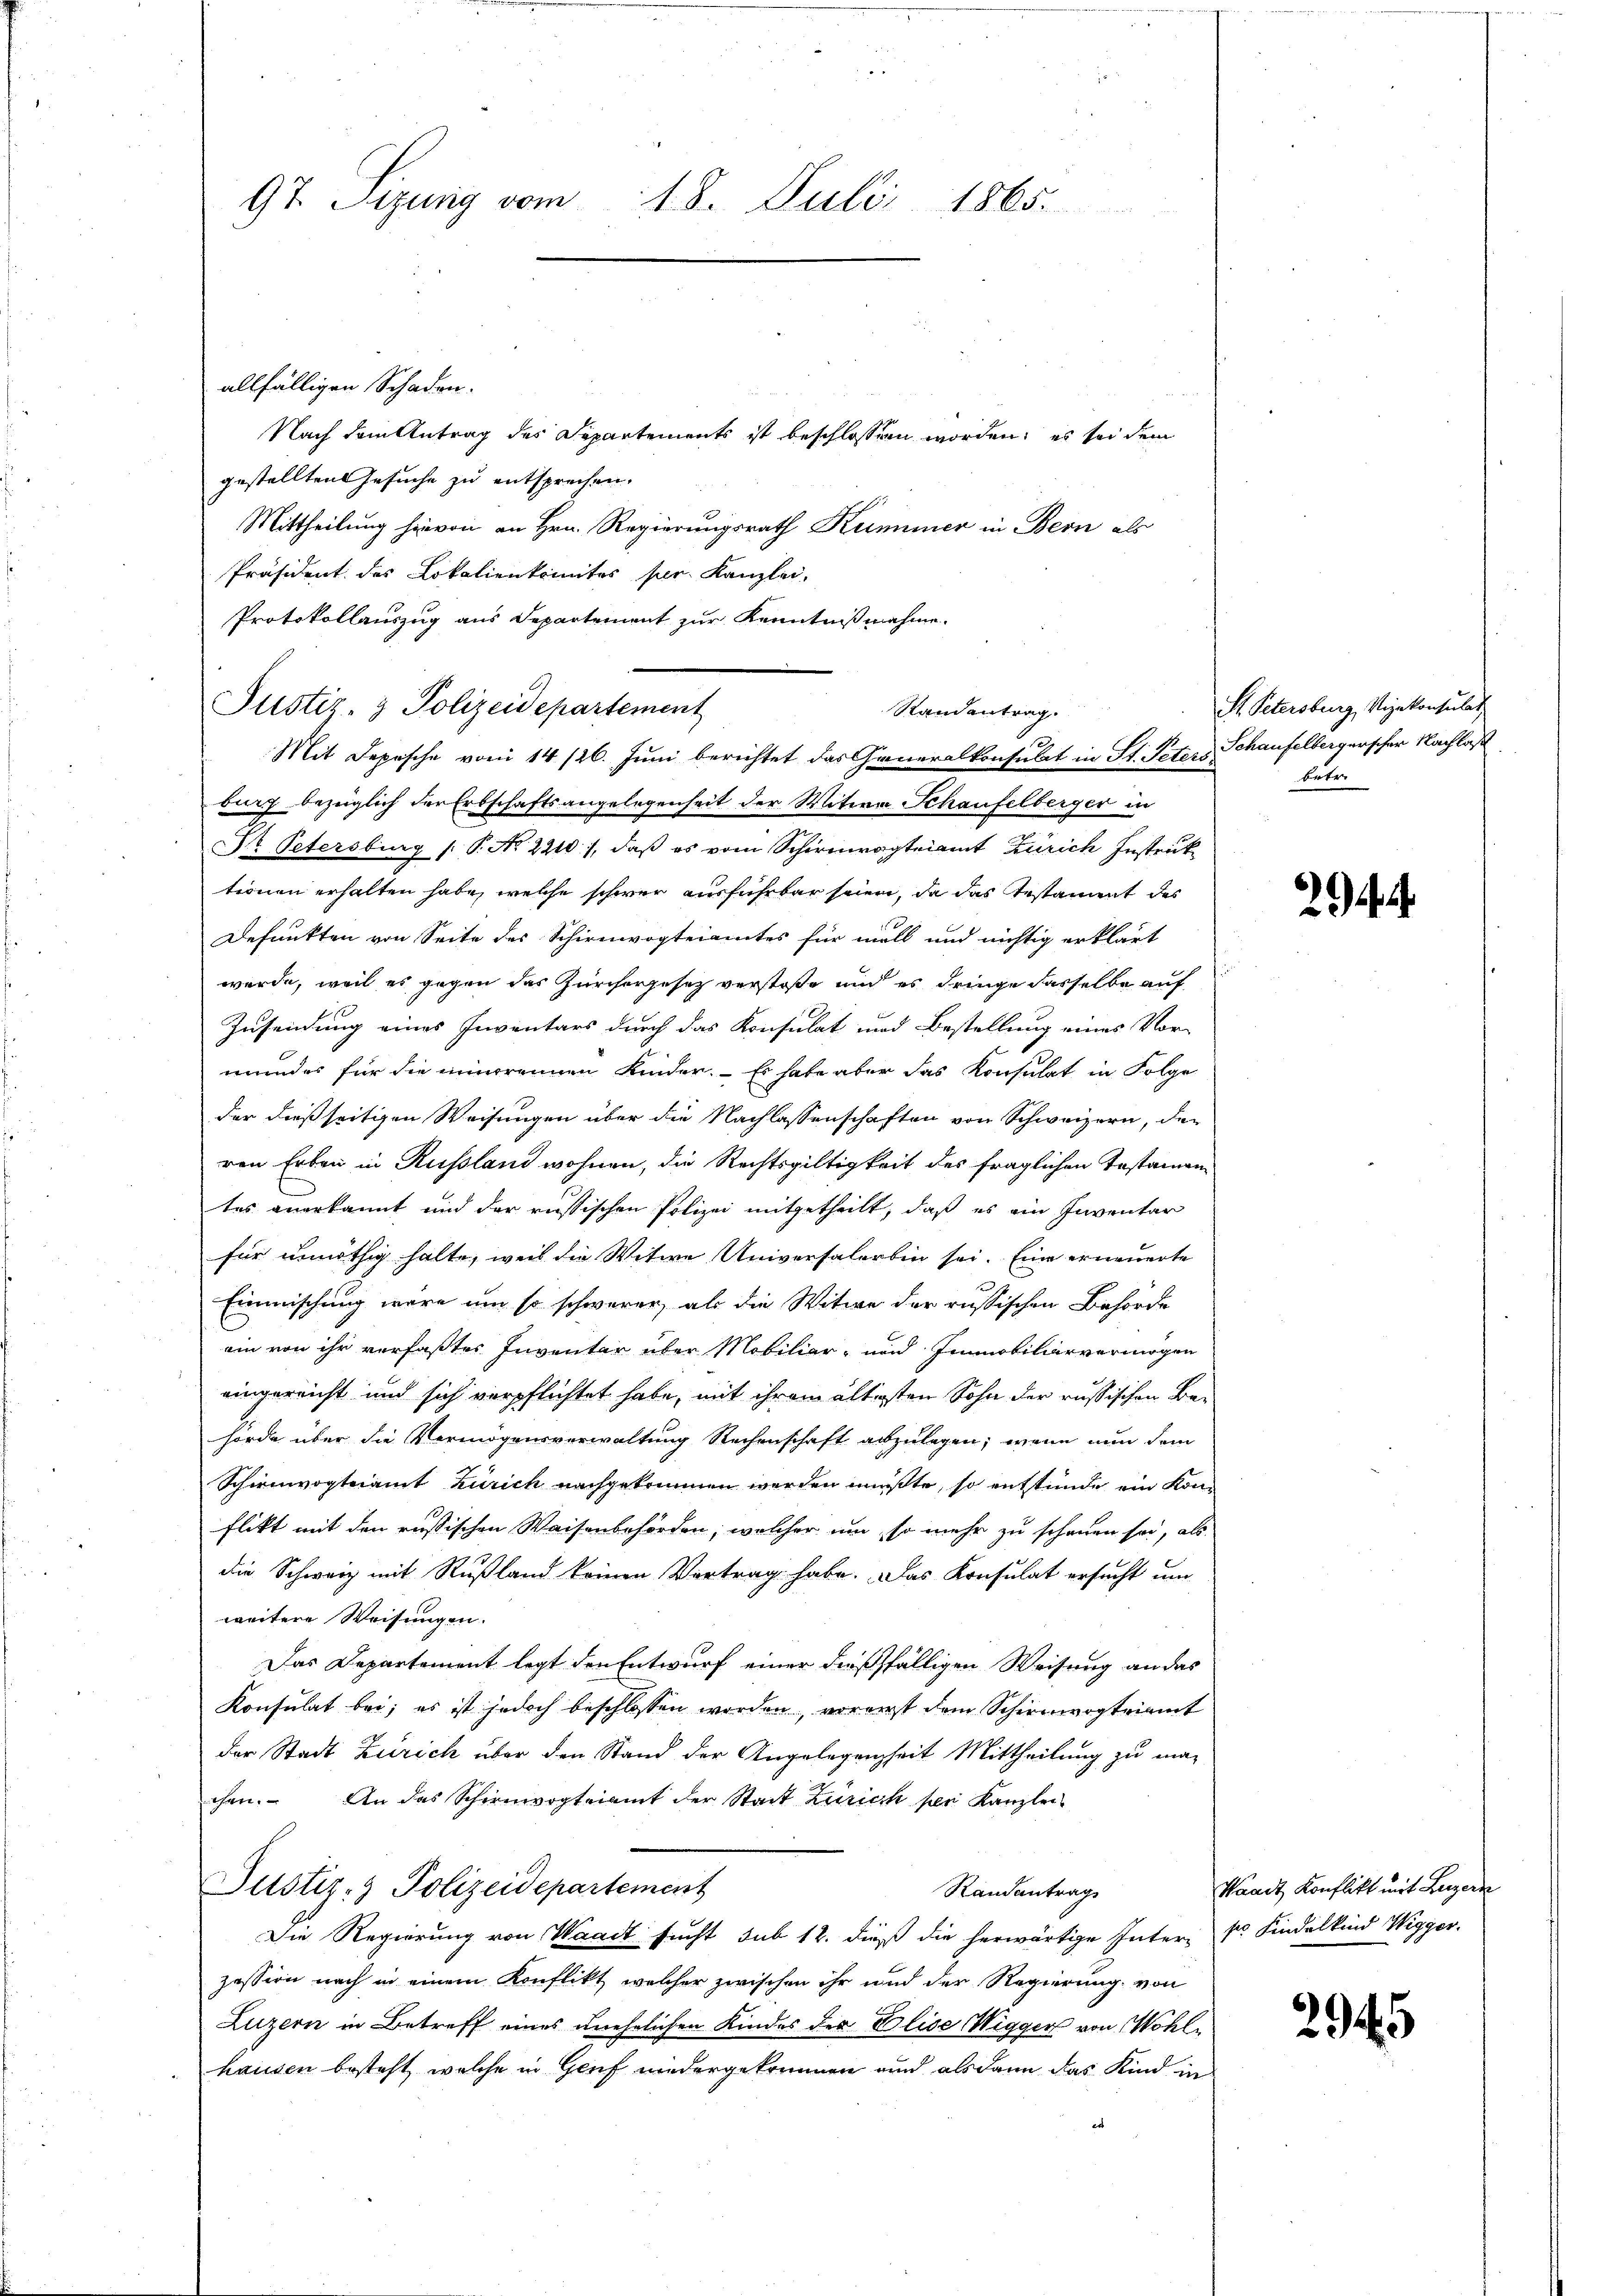
allfälligen Schaden.
¬
Nach dem Antrag des Departements ist beschlossen worden; es sei dem
gestellten Gesuche zu entsprechen.
Mittheilung hievon an Hrn. Regierungsrath Kummer in Bern als
Präsident des Lokalienkomites per. Kanzlei-
Protokollauszug aus Departement zur Kenntnißnahme.
Justiz- & Polizeidepartement
burg bezüglich der Erbschaftsangelegenheit der Witwe Schaufelberger in
Dr. Petersburg (: P. Nr. 2210), daß es vom Schirmvogteiamt Zürich Instruk
tionen erhalten habe, welche schwer ausführbar seien, da das Testament des
Defunkten von Seite des Schirmvogteiamtes für mell und nichtig erklärt
werde, weil es gegen das Zürchergesetz verstoße und es dringe dasselbe auf
Zusendung eines Inventars durch das Konsulat und Bestellung eines Vor-
mundes für die minorennen Kinder. Es habe aber das Konsulat in Folge
der dießseitigen Weisungen über die Nachlassenschaften von Schweizern, der
ren Erben in Russland wohnen, die Rechtsgültigkeit des fraglichen Testamen
tes anerkannt und der russischen Polizei mitgetheilt, daß es ein Inventar
für unnöthig halte, weil die Witwe Universalerbin sei. Eine erneuerte
Einmischung wäre um so schwerer, als die Witwe der russischen Behörde
ein von ihr verfaßtes Inventar über Mobiliar- und Immobiliarvermögen
eingereicht und sich verpflichtet habe, mit ihren ältesten Sohn der russischen Behörde über die Vermögensverwaltung Rechenschaft abzulegen; wenn nun dem
Schirmvogteiamt Zürich nachgekommen werden müßte, so entstünde ein Konflikt mit den russischen Waisenbehörden, welcher um so mehr zu schauen sei, als
die Schweiz mit Rußland keinen Vertrag habe. Das Konsulat ersucht um
weitere Weisungen.
Das Departement legt den Entwurf einer dießfälligen Weisung an das
Konsulat bei; es ist jedoch beschlossen worden, vorerst dem Schienwogteiamt
der Stadt Zürich über den Stand der Angelegenheit Mittheilung zu machen. An das Schirmvogteiamt der Stadt Zürich sei Kanzlei-
Justiz- & Polizeidepartement
Randantrag
Die Regierung von Waadt sucht sub 12. dieß die herwärtige Inter k. Findelkind Wigger.
zession nach in einem Konflikt, welcher zwischen ihr und der Regierung von
Luzern in Betreff eines unehelichen Kindes der Elise Wigger von Wohlhausen besteht, welche in Genf niedergebrunnen und als dann das Kind in

97 Sizung vom 18. Juli 1865.

Randantrag.
a
Mit Depesche vom 14/26. Juni berichtet das Generalkonsulat in St. Peters Schaufelbergerscher Nachlaß

St. Petersburg, Vizekonsulat
betr.

Waadt Konflikt mit Luzern

2945